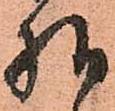
様